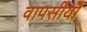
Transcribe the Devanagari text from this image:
वापसीयों